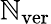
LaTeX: \mathbb{N}_{\mathrm{{ver}}}